Indian journal of veterinary science and animal husbandry - Volumes 22-23, 1952-1953
Year: 1952
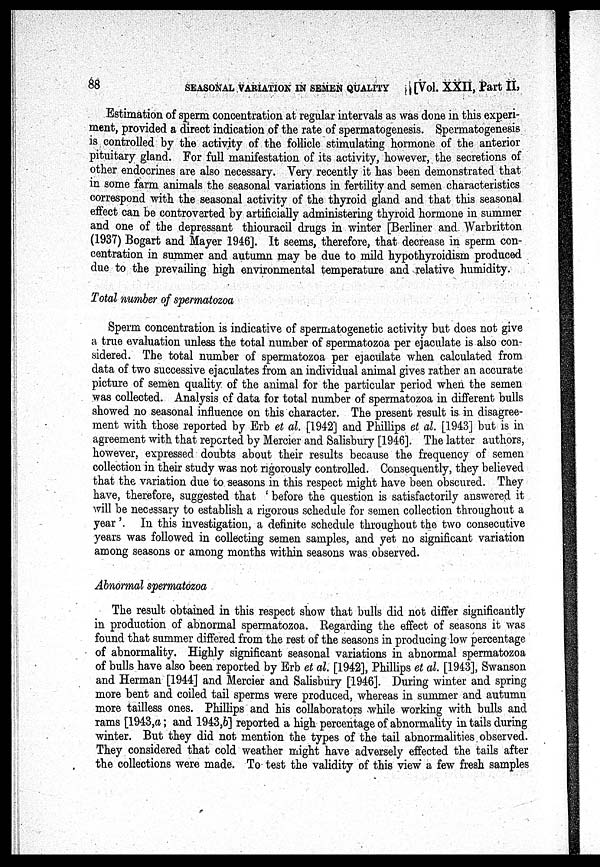
88 SEASONAL VARLATION IN SEMEN QUALITY [Vol. XXII, Part II
Estimation of sperm concentration at regular intervals as was done in this experi-
ment, provided a direct indication of the rate of spermatogenesis. Spermatogenesis
is controlled by the activity of the follicle stimulating hormone of the anterior
pituitary gland. For full manifestation of its activity, however, the secretions of
other endocrines are also necessary. Very recently it has been demonstrated that
in some farm animals the seasonal variations in fertility and semen characteristics
correspond with the seasonal activity of the thyroid gland and that this seasonal
effect can be controverted by artificially administering thyroid hormone in summer
and one of the depressant thiouracil drugs in winter [Berliner and Warbritton
(1937) Bogart and Mayer 1946]. It seems, therefore, that decrease in sperm con-
centration in summer and autumn may be due to mild hypothyroidism produced
due to the prevailing high environmental temperature and relative humidity.
Total number of spermatozoa
Sperm concentration is indicative of spermatogenetic activity but does not give
a true evaluation unless the total number of spermatozoa per ejaculate is also con-
sidered. The total number of spermatozoa per ejaculate when calculated from
data of two successive ejaculates from an individual animal gives rather an accurate
picture of semen quality of the animal for the particular period when the semen
was collected. Analysis of data for total number of spermatozoa in different bulls
showed no seasonal influence on this character. The present result is in disagree-
ment with those reported by Erb et al. [1942] and Phillips et al. [1943] but is in
agreement with that reported by Mercier and Salisbury [1946]. The latter authors,
however, expressed doubts about their results because the frequency of semen
collection in their study was not rigorously controlled. Consequently, they believed
that the variation due to seasons in this respect might have been obscured. They
have, therefore, suggested that ' before the question is satisfactorily answered it
will be necessary to establish a rigorous schedule for semen collection throughout a
year '. In this investigation, a definite schedule throughout the two consecutive
years was followed in collecting semen samples, and yet no significant variation
among seasons or among months within seasons was observed.
Abnormal spermatozoa
The result obtained in this respect show that bulls did not differ significantly
in production of abnormal spermatozoa. Regarding the effect of seasons it was
found that summer differed from the rest of the seasons in producing low percentage
of abnormality. Highly significant seasonal variations in abnormal spermatozoa
of bulls have also been reported by Erb et al. [1942], Phillips et al. [1943], Swanson
and Herman [1944] and Mercier and Salisbury [1946]. During winter and spring
more bent and coiled tail sperms were produced, whereas in summer and autumn
more tailless ones. Phillips and his collaborators while working with bulls and
rams [1943,a; and 1943,b] reported a high percentage of abnormality in tails during
winter. But they did not mention the types of the tail abnormalities observed.
They considered that cold weather might have adversely effected the tails after
the collections were made. To test the validity of this view a few fresh samples